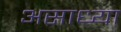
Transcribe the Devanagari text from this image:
असाध्या